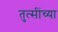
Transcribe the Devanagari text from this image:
तुत्‍सींच्‍या